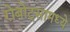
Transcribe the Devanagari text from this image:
रोबोट्सामध्ये